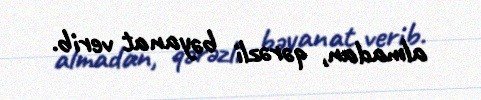
almadan, qərəzli bəyanat verib.